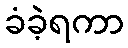
ခံခဲ့ရကာ